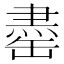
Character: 𫄽